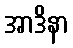
အာဒိနာ